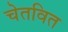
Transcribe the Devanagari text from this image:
चेतवित